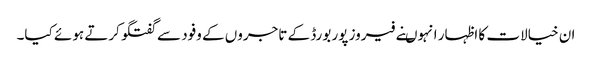
ان خیالات کا اظہار انہوںنے فیروز پور بورڈ کے تاجروں کے وفود سے گفتگو کرتے ہوئے کیا۔